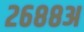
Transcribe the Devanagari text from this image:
२६८८अ